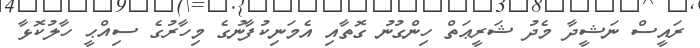
ރައީސް ނަޝީދާ މެދު ޝަރީޢަތް ހިންގުނު ގޮތާއި އެމަނިކުފާނުގެ މިހާރުގެ ސިއްޙީ ހާލުކޮޅާ